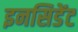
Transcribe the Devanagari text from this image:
इनसिडेंट